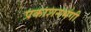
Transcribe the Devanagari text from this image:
प्रकाशनभंगी